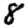
Digit: 8